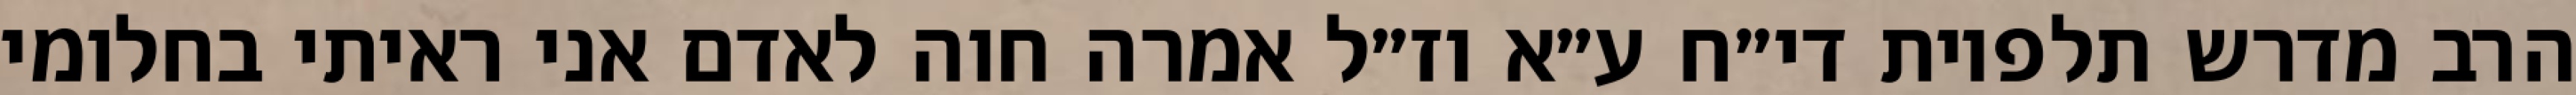
הרב מדרש תלפיות די״ח ע״א וז״ל אמרה חוה לאדם אני ראיתי בחלומי